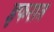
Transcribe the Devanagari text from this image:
इफरात